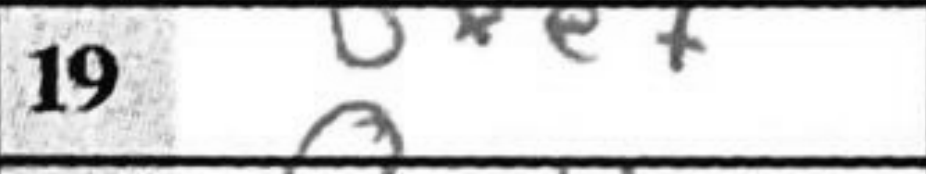
Transcription: Bxe7